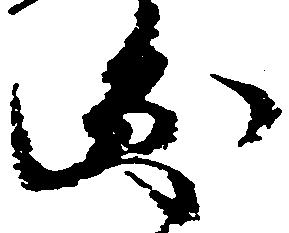
円